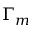
\Gamma _ { m }